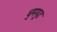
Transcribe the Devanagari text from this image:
धुमपूड